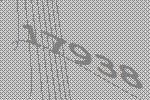
17938